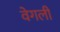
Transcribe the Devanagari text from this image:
वेगली